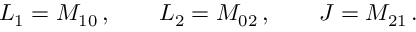
L _ { 1 } = M _ { 1 0 } \, , \qquad L _ { 2 } = M _ { 0 2 } \, , \qquad J = M _ { 2 1 } \, .